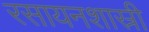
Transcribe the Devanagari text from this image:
रसायनशास्री